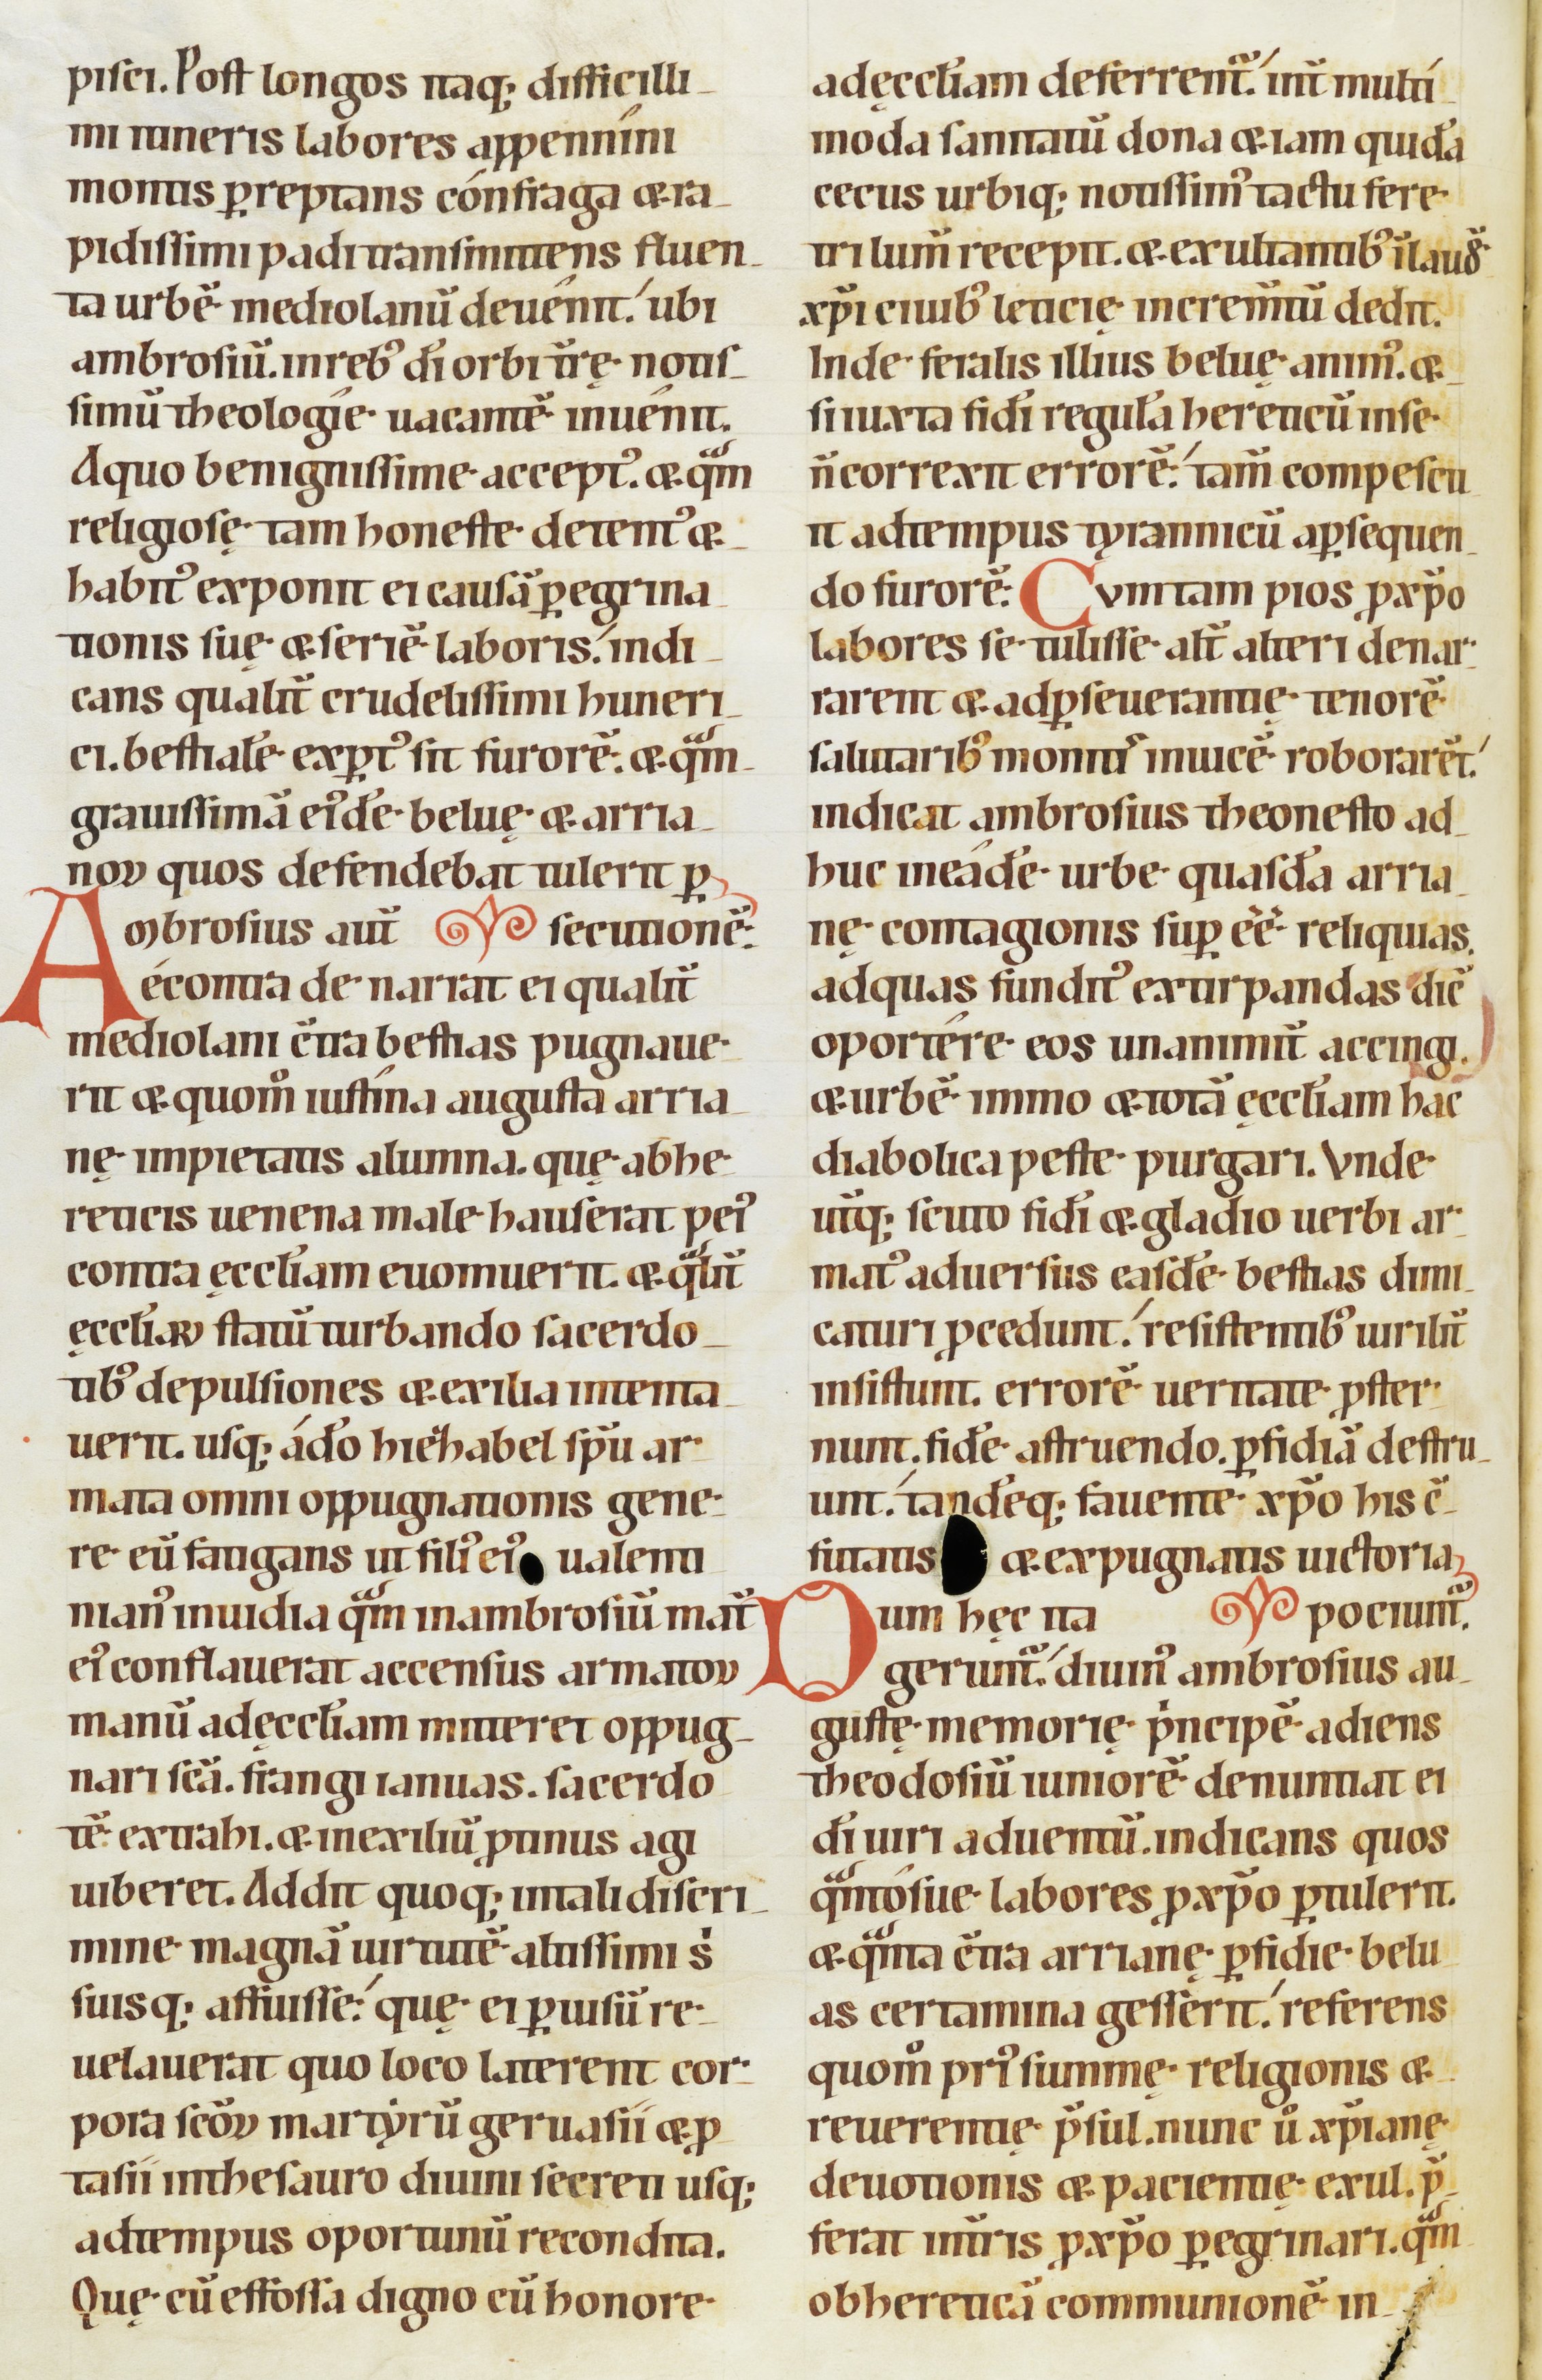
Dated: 1100–1199